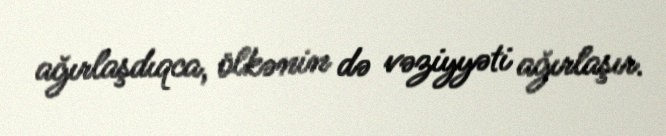
ağırlaşdıqca, ölkənin də vəziyyəti ağırlaşır.